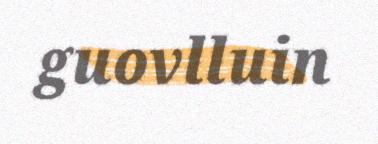
guovlluin